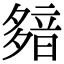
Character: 𩐞